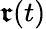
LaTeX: {\boldsymbol{\mathfrak{r}}}(t)